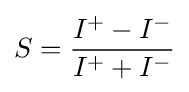
S={\frac {I^{+}-I^{-}}{I^{+}+I^{-}}}